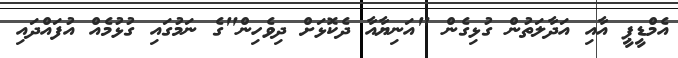
އެމްޑީޕީ އާއި އަދާލަތުން ގުޅިގެން "އަނިޔާއާ ދެކޮޅަށް ދިވެހިން"ގެ ނަމުގައި ގުޅުމެއް އުފައްދައި